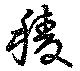
稜